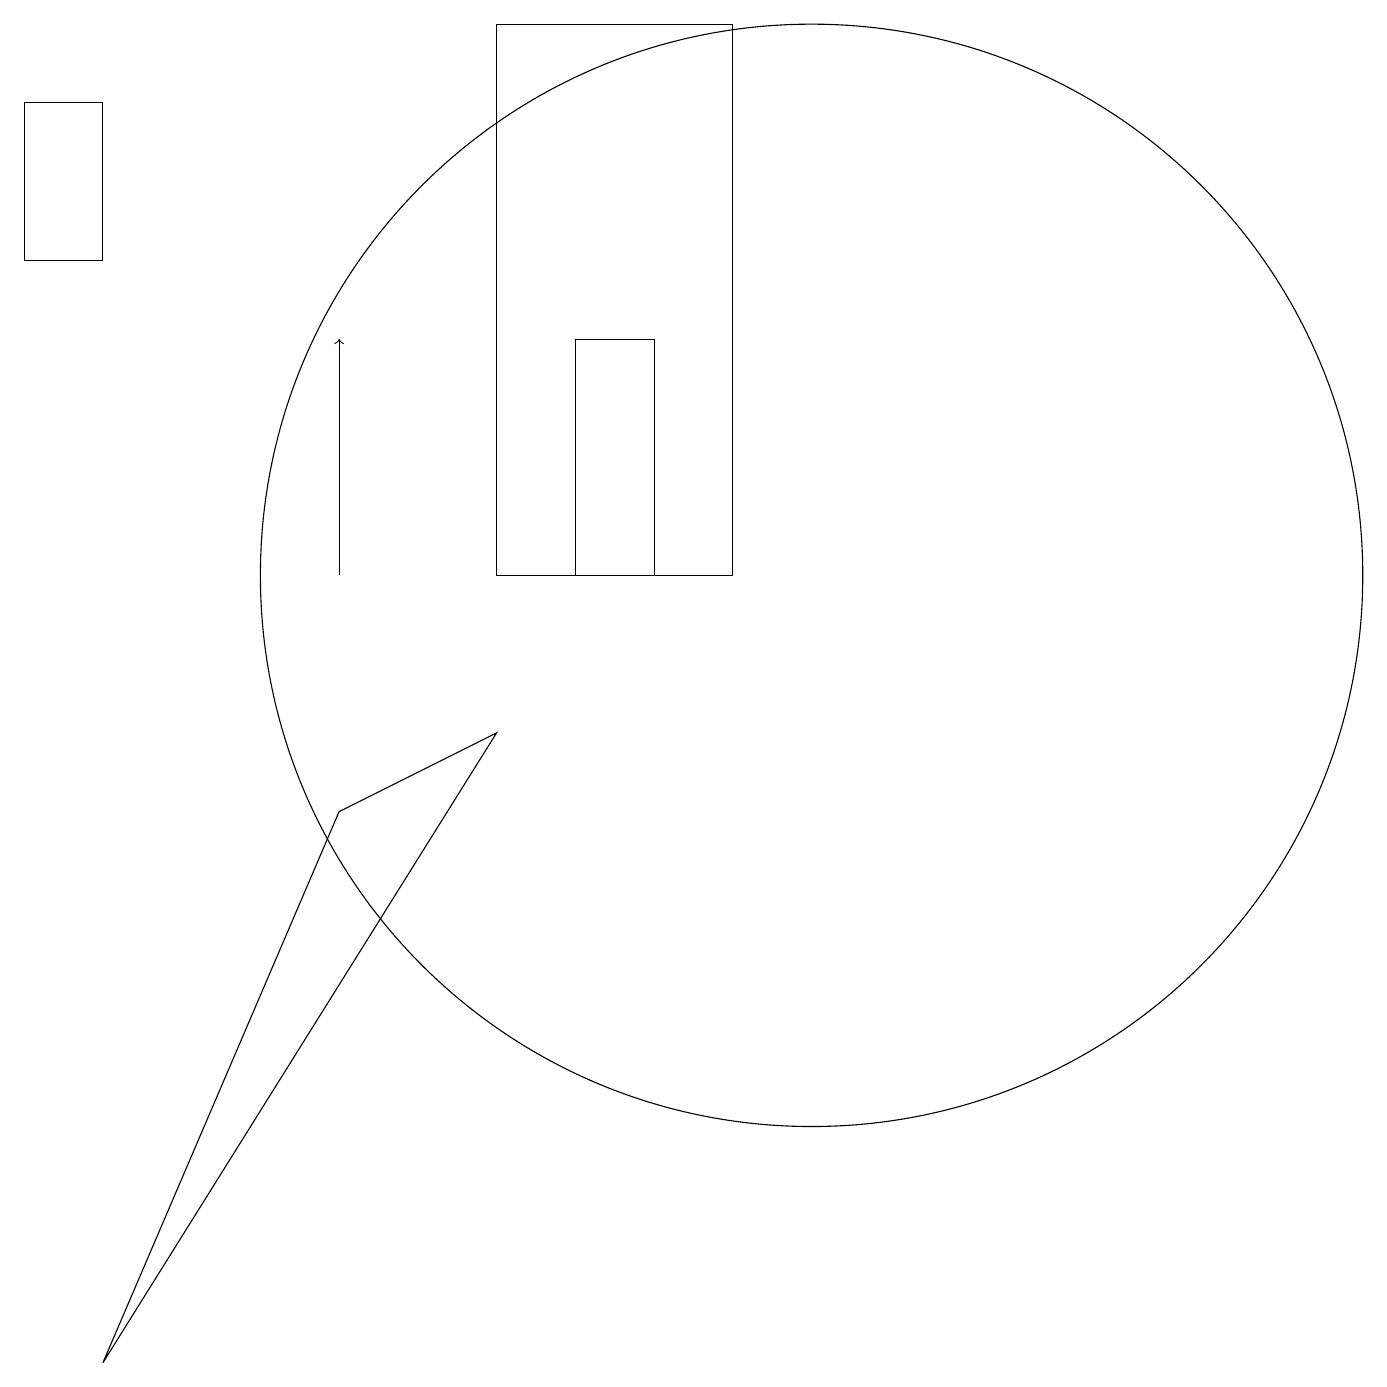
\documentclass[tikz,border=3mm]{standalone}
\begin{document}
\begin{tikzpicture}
\draw (8,11) rectangle (7,14);
\draw (0,17) rectangle (1,15);
\draw (10,11) circle (7);
\draw[->] (4,11) -- (4,14);
\draw (6,18) rectangle (9,11);
\draw (4,8) -- (1,1) -- (6,9) -- cycle;
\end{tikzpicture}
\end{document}